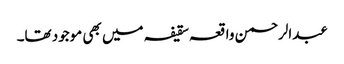
عبدالرحمن واقعہ سقیفہ میں بھی موجود تھا۔